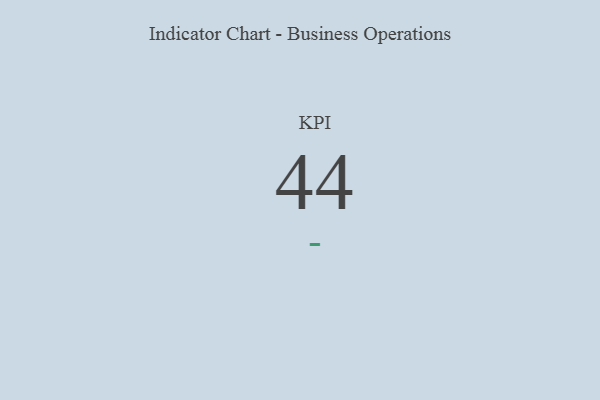
{"axis": {"x": "KPI", "y": "Value"}, "legend": [""], "data": [{"x": "KPI", "y": 44, "type": ""}]}